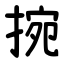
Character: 捥